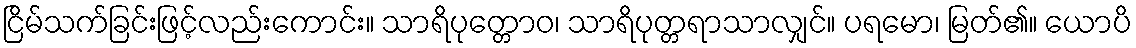
ငြိမ်သက်ခြင်းဖြင့်လည်းကောင်း။ သာရိပုတ္တောဝ၊ သာရိပုတ္တရာသာလျှင်။ ပရမော၊ မြတ်၏။ ယောပိ